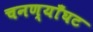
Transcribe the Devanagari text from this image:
चनण्याँघट